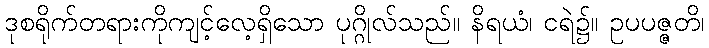
ဒုစရိုက်တရားကိုကျင့်လေ့ရှိသော ပုဂ္ဂိုလ်သည်။ နိရယံ၊ ငရဲ၌။ ဥပပဇ္ဇတိ၊